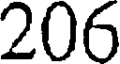
206